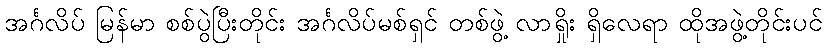
အင်္ဂလိပ် မြန်မာ စစ်ပွဲပြီးတိုင်း အင်္ဂလိပ်မစ်ရှင် တစ်ဖွဲ့ လာရှိုး ရှိလေရာ ထိုအဖွဲ့တိုင်းပင်